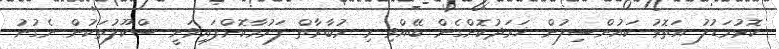
ކޮޅުމަޑުލު އަތޮޅު ކައުންސިލުން ޚަރަދުކޮށްގެން ބޭއްވި މި މުބާރާތް ފަރުމާކޮށްފައިވަނީ ސްކޫލުތަކުން ނެގުނު